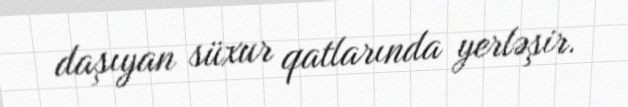
daşıyan süxur qatlarında yerləşir.